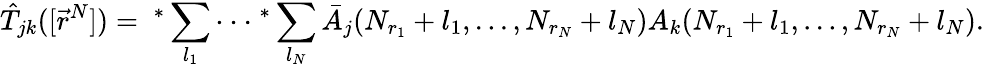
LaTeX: \hat{T}_{jk}([\vec{r}^{N}])=\ ^{*}\sum_{l_{1}}\cdot\cdot\cdot\ ^{*}\sum_{l_{N}}\bar{A}_{j}(N_{r_{1}}+l_{1},...,N_{r_{N}}+l_{N})A_{k}(N_{r_{1}}+l_{1},...,N_{r_{N}}+l_{N}).